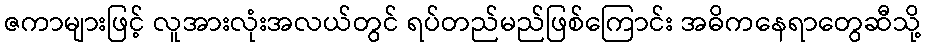
ဇကာများဖြင့် လူအားလုံးအလယ်တွင် ရပ်တည်မည်ဖြစ်ကြောင်း အဓိကနေရာတွေဆီသို့